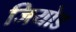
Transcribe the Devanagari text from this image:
जियोड